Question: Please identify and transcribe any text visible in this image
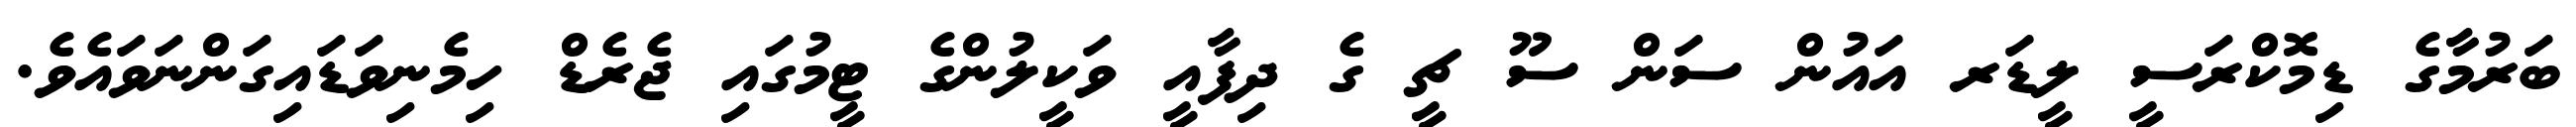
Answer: ބަރުމާގެ ޑިމޮކްރަސީ ލީޑަރ އައުން ސަން ސޫ ޗީ ގެ ދިފާއީ ވަކީލުންގެ ޓީމުގައި ޖެރެޑް ހިމެނިވަޑައިގަންނަވައެވެ.